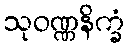
သုဝဏ္ဏနိက္ခံ